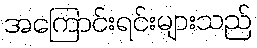
အကြောင်းရင်းများသည်